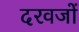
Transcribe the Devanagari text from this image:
दरवजों